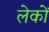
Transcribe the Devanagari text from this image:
लेकों